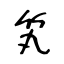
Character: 笂